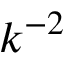
k ^ { - 2 }